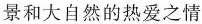
景和大自然的热爱之情